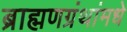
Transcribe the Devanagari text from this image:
ब्राह्मणग्रंथांमधे